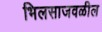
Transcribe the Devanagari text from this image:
भिलसाजवळील